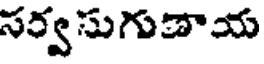
సర్వసుగుణాయ